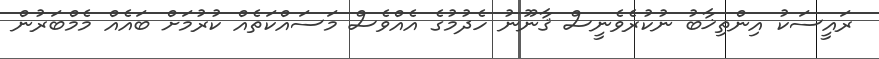
ރައީސަކު އިންތިޚާބު ނުކުރެވެނީސް ޤާނޫނު ހެދުމުގެ އެއްވެސް މަސައްކަތެއް ކުރުމަށް ބައެއް މެމްބަރުން